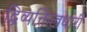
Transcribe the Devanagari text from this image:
द्विव्यक्तित्वधारी